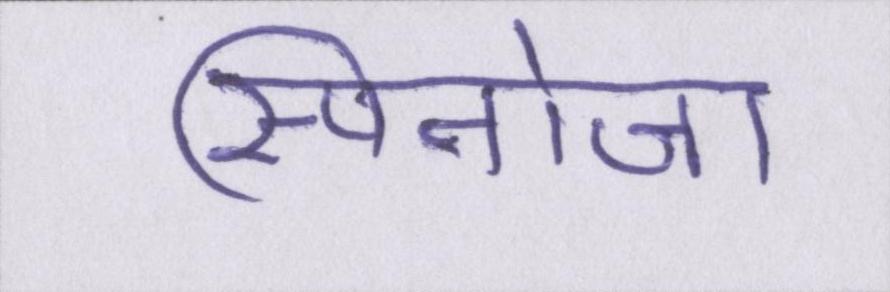
स्पिनोजा